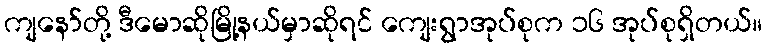
ကျနော်တို့ ဒီမောဆိုမြို့နယ်မှာဆိုရင် ကျေးရွာအုပ်စုက ၁၆ အုပ်စုရှိတယ်။